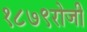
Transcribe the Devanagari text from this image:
१८७९रोजी